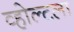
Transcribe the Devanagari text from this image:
व्होल्टला